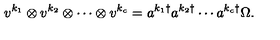
v ^ { k _ { 1 } } \otimes v ^ { k _ { 2 } } \otimes \cdots \otimes v ^ { k _ { c } } = a ^ { k _ { 1 } \dagger } a ^ { k _ { 2 } \dagger } \cdots a ^ { k _ { c } \dagger } \Omega .